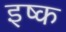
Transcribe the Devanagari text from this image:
इष्क